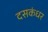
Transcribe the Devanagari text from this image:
दसकंधर